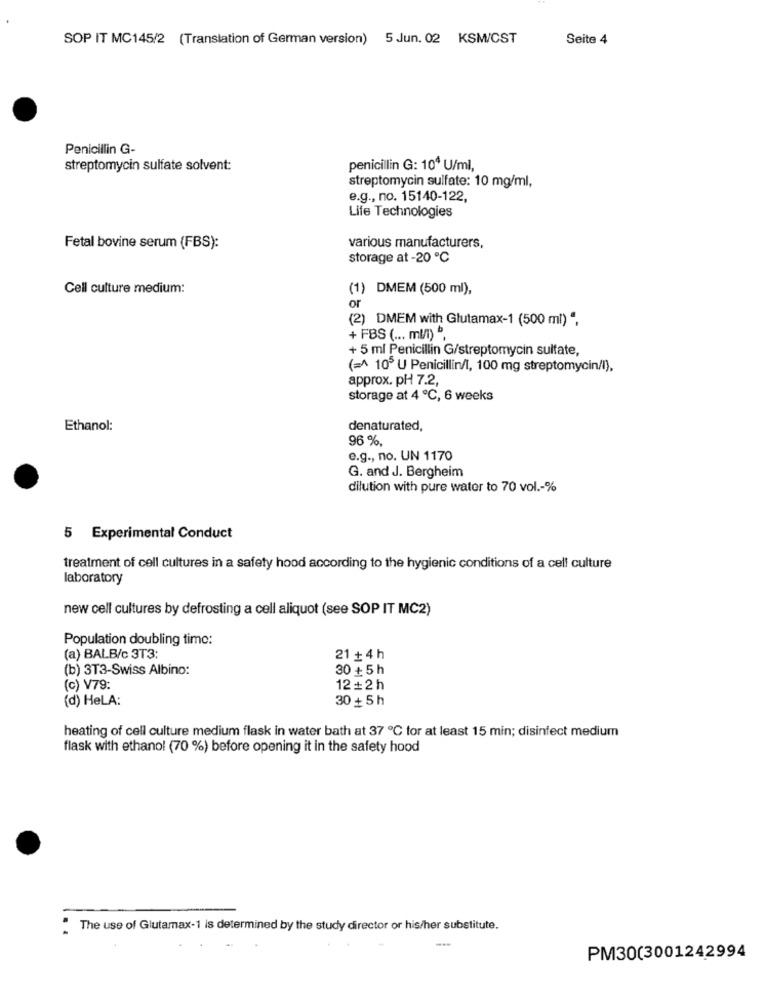
SOP IT MC145/2 (Translation of German version) 5 Jun. 02 KSM/CST
Seite 4
Penicillin G-
streptomycin sulfate solvent:
penicillin G: 10ª U/ml,
streptomycin sulfate: 10 mg/ml,
e.g ., no. 15140-122,
Life Technologies
Fetal bovine serum (FBS):
various manufacturers,
storage at -20 ℃
Cell culture medium:
(1) DMEM (500 ml),
or
(2) DMEM with Glutamax-1 (500 ml) ",
+ FBS ( ... ml/1) ",
+ 5 ml Penicillin G/streptomycin sulfate,
(=^ 105 U Penicillin/1, 100 mg streptomycin/l),
approx. pH 7.2,
storage at 4 ℃, 6 weeks
Ethanol:
denaturated,
96 %
e.g ., no. UN 1170
G. and J. Bergheim
dilution with pure water to 70 vol .- %
5 Experimental Conduct
treatment of cell cultures in a safety hood according to the hygienic conditions of a cell culture
laboratory
new cell cultures by defrosting a cell aliquot (see SOP IT MC2)
Population doubling time:
(a) BALB/c 3T3:
21 + 4 h
(b) 3T3-Swiss Albino:
30 + 5 h
(c) V79:
12+2 h
(d) HeLA:
30 + 5 h
heating of cell culture medium flask in water bath at 37 ℃ for at least 15 min; disinfect medium
flask with ethanol (70 %) before opening it in the safety hood
" The use of Glutamax-1 is determined by the study director or his/her substitute.
---
PM30(3001242994